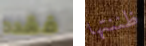
فقده ظننتها